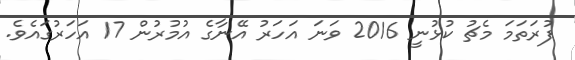
ފުރަތަމަ މެޗު ކުޅުނީ 2016 ވަނަ އަހަރު އޭނާގެ އުމުރުން 17 އަހަރުގައެވެ.